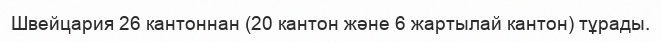
Швейцария 26 кантоннан (20 кантон және 6 жартылай кантон) тұрады.